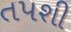
તપશી